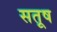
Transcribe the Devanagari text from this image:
सतूष